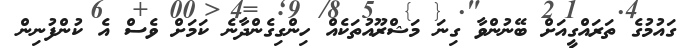
ގައުމުގެ ތަރައްގީއަށް ބޭނުންވާ ގިނަ މަޝްރޫއުތަކެއް ހިންގިގެންދާނެ ކަމަށް ވެސް އެ ކުންފުނިން